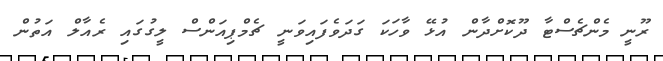
ރޫނީ މެންޗެސްޓާ ދޫކޮށްދާން އުޅޭ ވާހަކަ ގަދަވެފައިވަނީ ޗެމްޕިއަންސް ލީގުގައި ރެއާލް އަތުން